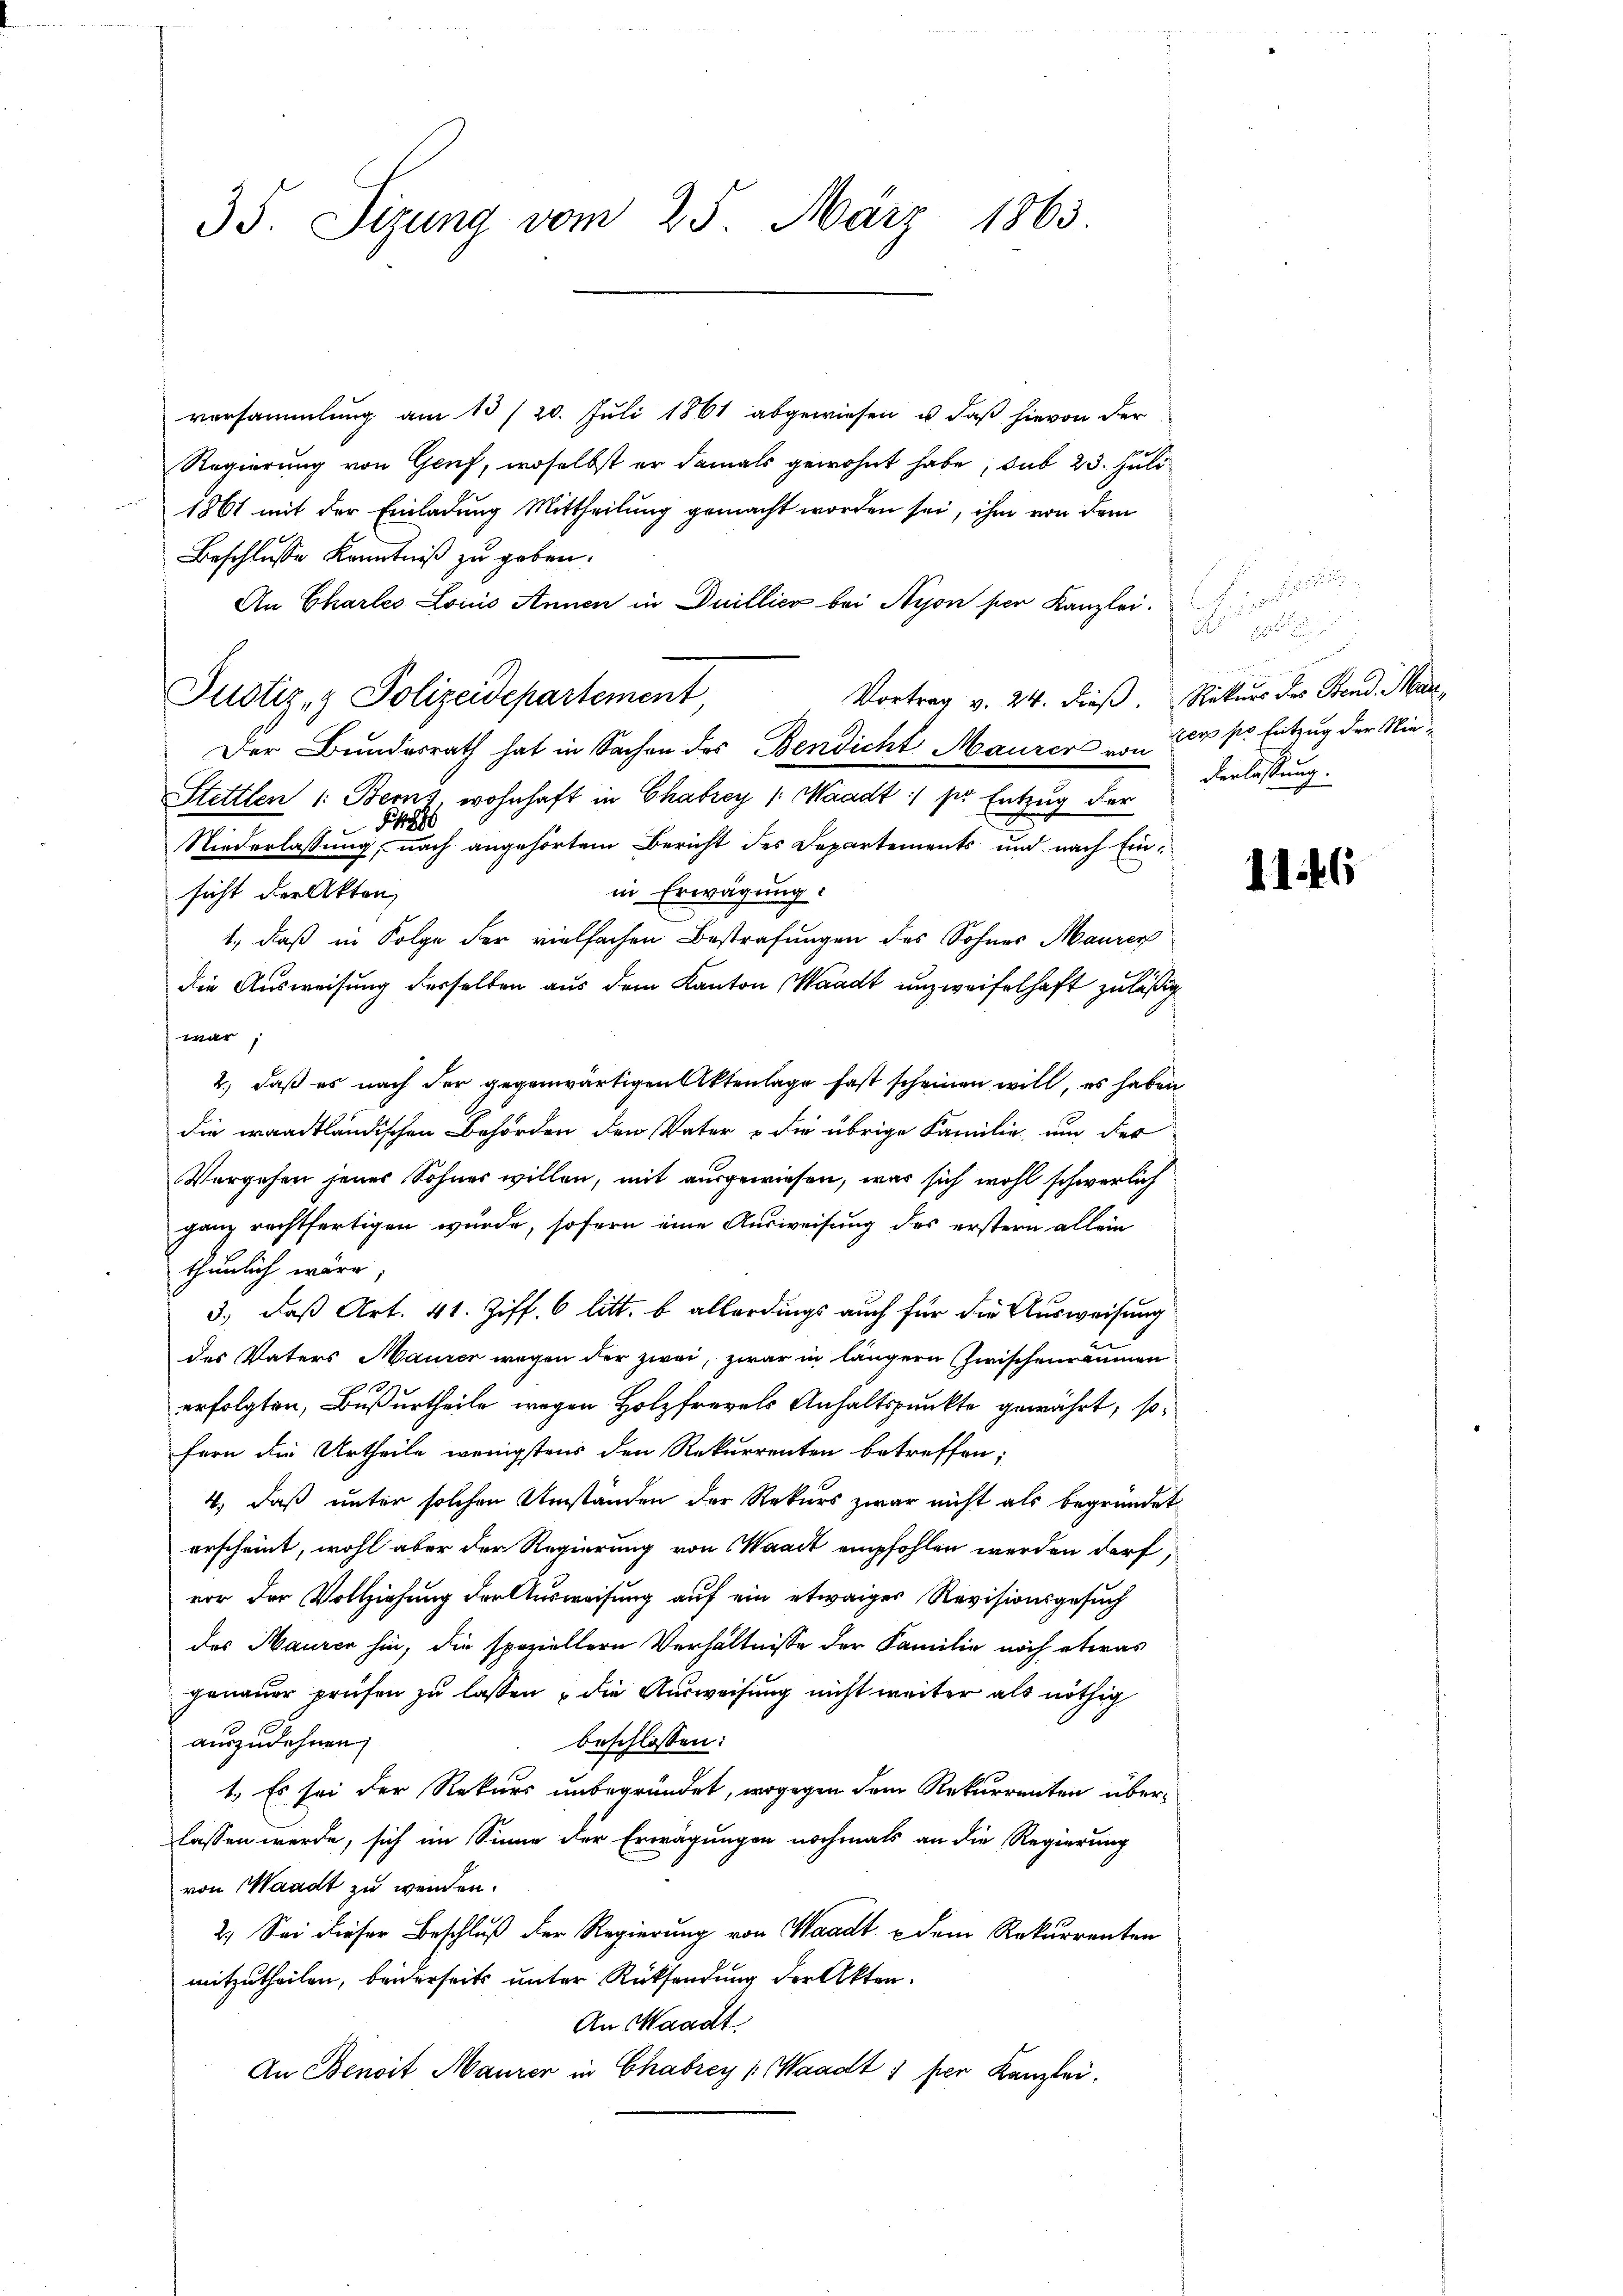
35. Sizung vom 25. März 1863.

versammlung am 13 / 20. Juli 1861 abgewiesen u. daß hievon der
Regierung von Genf, woselbst er damals gewohnt habe, sub 23. Juli
1861 mit der Einladung Mittheilung gemacht worden sei, ihm von dem
Beschlusse Kenntniß zu geben.
An Charles Louis Annen in Duillier bei Nyon per Kanzlei.
Vortrag v. 24. dieß. Rekurs des Stand Mar¬
Der Bundesrath hat in Sachen des Bendicht Maurer von der so Entzug der Nie¬
Stettlen 1: Berns, wohnhaft in Chabrey /: Waadt :/ pr Entzug der
t
Niederlassung, nach angehörtem Bericht des Departements und nach Einin Erwägung:
sicht der Akten,
1., daß in Folge der vielfachen Bestrafungen des Sohnes Maurer
die Ausweisung derselben aus dem Kanton Waadt unzweifelhaft zuläßig
 war,
2., daß es nach der gegenwärtigen Aktenlage fast scheinen will, es haben
die waadtländischen Behörden den Vater u die übrige Familie, um der
Vorgehen jenes Sohner willen, mit ausgewiesen, was sich wohl schwerlich
ganz rechtfertigen wurde, sofern eine Ausweisung des erstern allein
thunlich wäre;
3.) daß Art. 41. Ziff. 6 litt. b allerdings auch für die Ausweisung
des Vaters Maurer wegen der zwei, zwar in längern Zwischenräumen
3.
erfolgten, Bußurtheile wegen Holzfrevels Anhaltspunkte gewährt, sofern die Urtheile wenigstens den Rekurrenten betreffen;
4., daß unter solchen Umständen der Rekurs zwar nicht als begründet
erscheint, wohl aber der Regierung von Waadt empfohlen werden darf,
vor der Vollziehung der Ausweisung auf ein etwaiger Revisionsgesuch
des Maurer hin, die spariellern Verhältnisse der Familie noch etwas
genauer prüfen zu lassen u die Ausweisung nicht weiter als nöthig
auszudehnen.
beschlossen:
1.) Es sei der Rekurs unbegründet, wogegen dem Rekurrenten überlassen werde, sich im Sinne der Erwägungen nochmals an die Regierung
von Waadt zu werden.
2.) Sei dieser Beschluß der Regierung von Waadt u dem Rekurrenten
mitzutheilen, beiderseits unter Rücksendung der Akten.
An Waadt
An Benoit Maurer in Chabzey (Waadt 1 per Kanzlei.

Justiz- & Polizeidepartement,

e

u einen ausges. v.
Verlassung.

1146